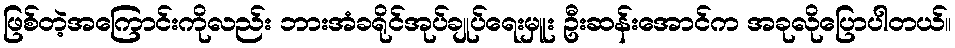
ဖြစ်တဲ့အကြောင်းကိုလည်း ဘားအံခရိုင်အုပ်ချုပ်ရေးမှူး ဦးဆန်းအောင်က အခုလိုပြောပါတယ်။